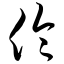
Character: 伶